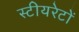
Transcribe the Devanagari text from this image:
स्टीयरेटों